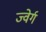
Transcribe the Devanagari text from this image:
ज्वेर्ग